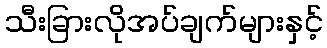
သီးခြားလိုအပ်ချက်များနှင့်